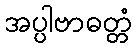
အပ္ပါဗာဓတ္တံ